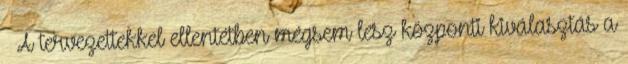
A tervezettekkel ellentétben mégsem lesz központi kiválasztás a